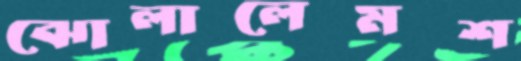
ঝোলালেমশ